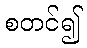
စတင်၍